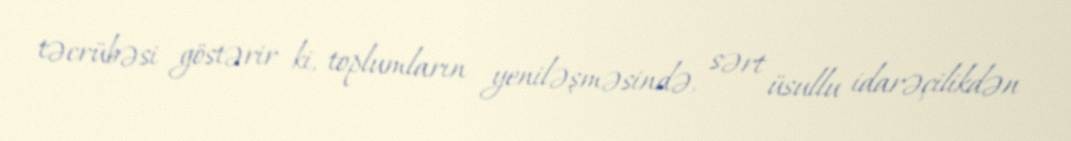
təcrübəsi göstərir ki, toplumların yeniləşməsində, sərt üsullu idarəçilikdən